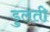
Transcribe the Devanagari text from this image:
डुलती